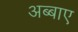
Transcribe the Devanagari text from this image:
अब्बाए